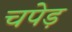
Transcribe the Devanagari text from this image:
चपेड़